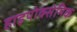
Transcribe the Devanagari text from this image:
हाइपोक्सेमिक